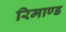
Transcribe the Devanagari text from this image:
रिमाण्ड